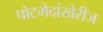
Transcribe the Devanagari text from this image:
पोटभेदांखेरीज